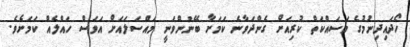
ހޯދައިދިނުމުގެ މަސައްކަތް ކުރިއަށް ގެންދަވާނެ ކަމަށާ ބޭނުންވަނީ މައްސަލައަށް އަވަސް ހައްލެއް ކަމަށެވެ.